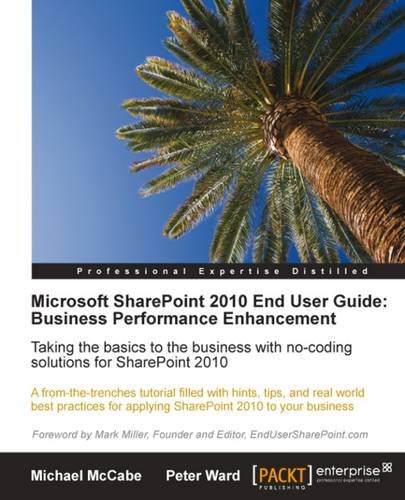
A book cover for Microsoft SharePoint 2010 End User Guide: Business Performance Enhancement; Peter Ward; Computers & Technology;